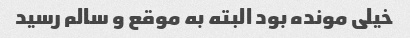
خیلی مونده بود البته به موقع و سالم رسید